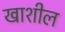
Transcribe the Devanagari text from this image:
खाशील